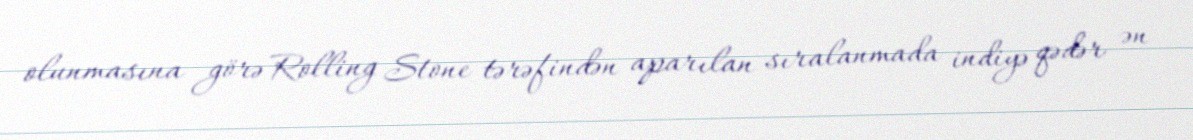
olunmasına görə Rolling Stone tərəfindən aparılan sıralanmada indiyə qədər ən